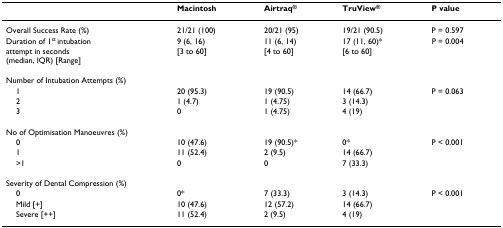
<table><thead><tr><td></td><td><b>Macintosh</b></td><td><b>Airtraq<sup>®</sup></b></td><td><b>TruView<sup>®</sup></b></td><td><b>P value</b></td></tr></thead><tbody><tr><td>Overall Success Rate (%)</td><td>21/21 (100)</td><td>20/21 (95)</td><td>19/21 (90.5)</td><td>P = 0.597</td></tr><tr><td>Duration of 1<sup>st </sup>intubation</td><td>9 (6, 16)</td><td>11 (6, 14)</td><td>17 (11, 60)*</td><td>P = 0.004</td></tr><tr><td>attempt in seconds(median, IQR) [Range]</td><td>[3 to 60]</td><td>[4 to 60]</td><td>[6 to 60]</td><td></td></tr><tr><td colspan="5">Number of Intubation Attempts (%)</td></tr><tr><td> 1</td><td>20 (95.3)</td><td>19 (90.5)</td><td>14 (66.7)</td><td>P = 0.063</td></tr><tr><td> 2</td><td>1 (4.7)</td><td>1 (4.75)</td><td>3 (14.3)</td><td></td></tr><tr><td> 3</td><td>0</td><td>1 (4.75)</td><td>4 (19)</td><td></td></tr><tr><td colspan="5">No of Optimisation Manoeuvres (%)</td></tr><tr><td> 0</td><td>10 (47.6)</td><td>19 (90.5)*</td><td>0*</td><td>P &lt; 0.001</td></tr><tr><td> 1</td><td>11 (52.4)</td><td>2 (9.5)</td><td>14 (66.7)</td><td></td></tr><tr><td> &gt;1</td><td>0</td><td>0</td><td>7 (33.3)</td><td></td></tr><tr><td colspan="5">Severity of Dental Compression (%)</td></tr><tr><td> 0</td><td>0*</td><td>7 (33.3)</td><td>3 (14.3)</td><td>P &lt; 0.001</td></tr><tr><td> Mild [+]</td><td>10 (47.6)</td><td>12 (57.2)</td><td>14 (66.7)</td><td></td></tr><tr><td> Severe [++]</td><td>11 (52.4)</td><td>2 (9.5)</td><td>4 (19)</td><td></td></tr></tbody></table>